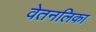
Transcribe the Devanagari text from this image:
वेतनलिका